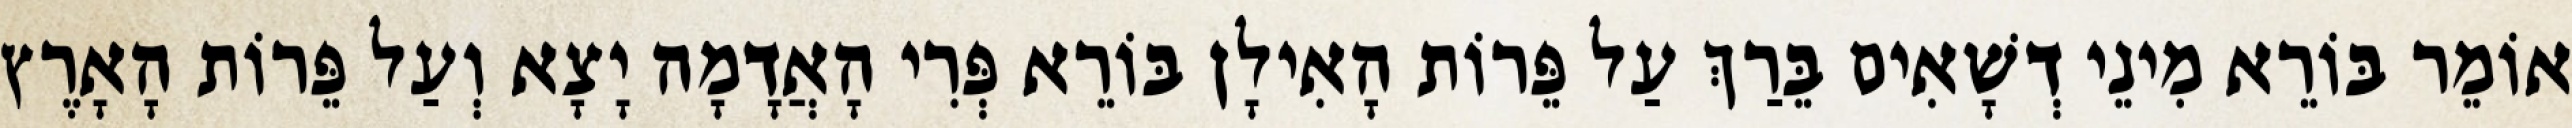
אוֹמֵר בּוֹרֵא מִינֵי דְשָׁאִים בֵּרַךְ עַל פֵּרוֹת הָאִילָן בּוֹרֵא פְּרִי הָאֲדָמָה יָצָא וְעַל פֵּרוֹת הָאָרֶץ